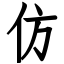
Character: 仿